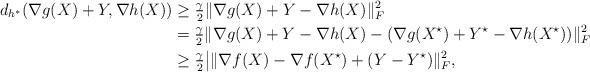
LaTeX: \begin{align*}d_{h^\ast} (\nabla g(X) + Y, \nabla h(X)) &\geq \tfrac{\gamma}{2} \|\nabla g(X) + Y - \nabla h(X)\|_F^2 \\&= \tfrac{\gamma}{2} \|\nabla g(X) + Y - \nabla h(X) - (\nabla g(X^\star) + Y^\star - \nabla h(X^\star))\|_F^2 \\&\geq \tfrac{\gamma}{2} \big| \|\nabla f(X) - \nabla f(X^\star) + (Y-Y^\star)\|_F^2, \end{align*}